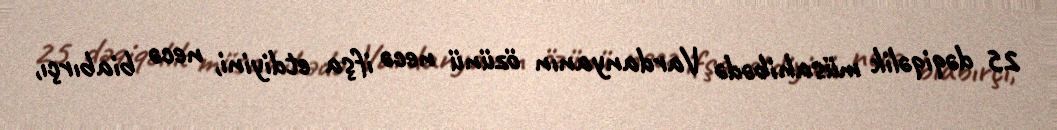
25 dəqiqəlik müsahibədə Vardanyanın özünü necə ifşa etdiyini, necə biabırçı,